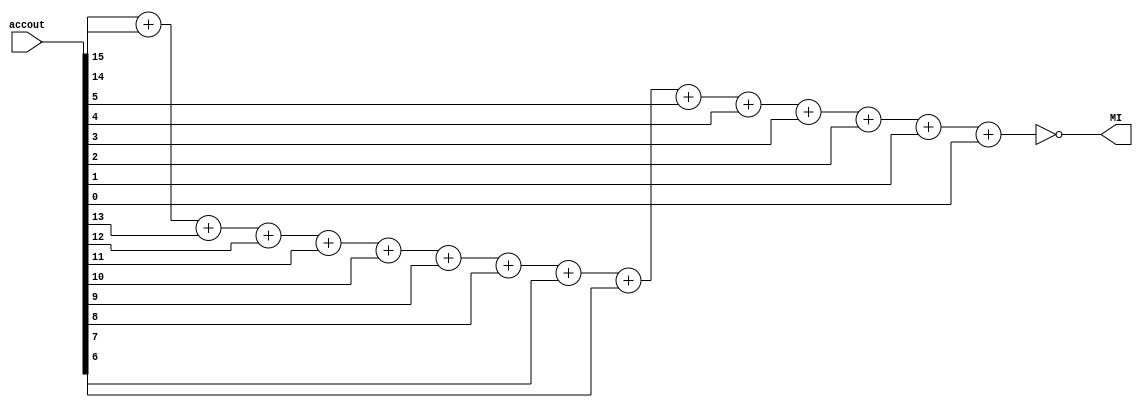
module MI
(

input [15:0] accout,
output MI
);

assign MI = ~(accout[15] + accout[14] + accout[13] + accout[12] + accout[11] + accout[10] + accout[9] + accout[8] + accout[7] + accout[6] + accout[5] + accout[4] + accout[3] + accout[2] + accout[1] + accout[0]); 

endmodule